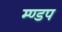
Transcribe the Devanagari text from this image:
म्ण्डप